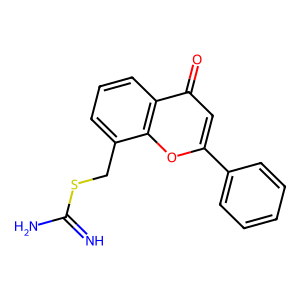
SMILES: N=C(N)SCc1cccc2c(=O)cc(-c3ccccc3)oc12
Inhibits HIV replication: No